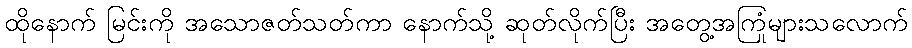
ထိုနောက် မြင်းကို အသောဇတ်သတ်ကာ နောက်သို့ ဆုတ်လိုက်ပြီး အတွေ့အကြုံများသလောက်